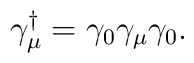
\gamma_{\mu}^{\dagger}=\gamma_0\gamma_{\mu}\gamma_0.